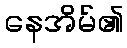
နေအိမ်၏